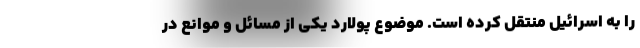
را به اسرائیل منتقل کرده است. موضوع پولارد یکی از مسائل و موانع در